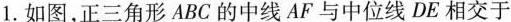
1.如图，正三角形ABC的中线AF与中位线DE相交于